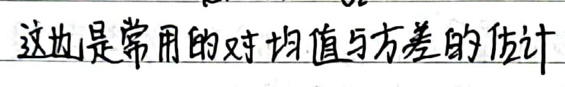
这是常用的对均值与方差的估计